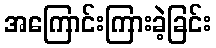
အကြောင်းကြားခဲ့ခြင်း